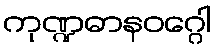
ကုဏ္ဍဓာနဝဂ္ဂေါ